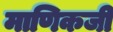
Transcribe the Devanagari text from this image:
माणिकजी